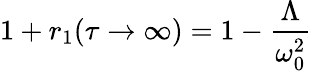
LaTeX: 1+r_{1}(\tau\to\infty)=1-\frac{\Lambda}{\omega_{0}^{2}}